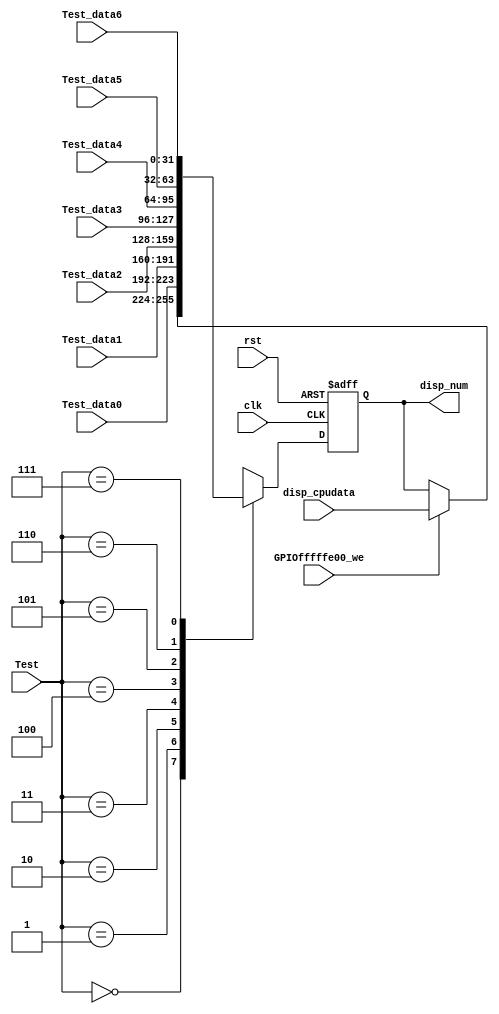
module Device_GPIO_7seg(
                        clk,
						rst,
						GPIOfffffe00_we,
						Test,
						disp_cpudata,
						Test_data0,
						Test_data1,
                        Test_data2,
						Test_data3,
						Test_data4,
						Test_data5,
						Test_data6,						 						 
						disp_num						 
						);
						
    input               clk, rst, GPIOfffffe00_we; 
    input       [ 2: 0] Test; 
    input       [31: 0] disp_cpudata, Test_data0, Test_data1, Test_data2, Test_data3, Test_data4, Test_data5, Test_data6; 
    output reg  [31: 0] disp_num = 32'h0;


    always @(negedge clk or posedge rst) begin 
    	if ( rst ) disp_num <= 32'hAA5555AA; 
    	else begin 
    		case ( Test ) 
    			0: begin 
    				if ( GPIOfffffe00_we ) 
    					disp_num <= disp_cpudata; 
    				else 
                        disp_num <= disp_num; 
    			end 
    			1: disp_num      <= Test_data0; 
    			2: disp_num      <= Test_data1; 
    			3: disp_num      <= Test_data2; 
    			4: disp_num      <= Test_data3; 
    			5: disp_num      <= Test_data4; 
    			6: disp_num      <= Test_data5;
    			7: disp_num      <= Test_data6; 
    		endcase
    	end
    end

endmodule